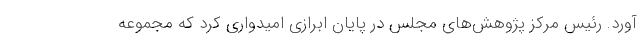
آورد. رئیس مرکز پژوهش‌های مجلس در پایان ابرازی امیدواری کرد که مجموعه